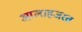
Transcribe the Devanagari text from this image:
आलाहजरत